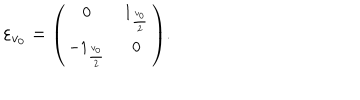
LaTeX: \varepsilon _ { v _ { 0 } } = { \small \left( \begin{array} { c c } { { 0 } } & { { 1 _ { \frac { v _ { 0 } } { 2 } } } } \\ { { - 1 _ { \frac { v _ { 0 } } { 2 } } } } & { { 0 } } \\ \end{array} \right) } .